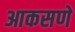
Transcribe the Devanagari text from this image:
आकसणे